Civil Veterinary Dept. Assam report 1927-50 - 1927-1950
Year: 1927
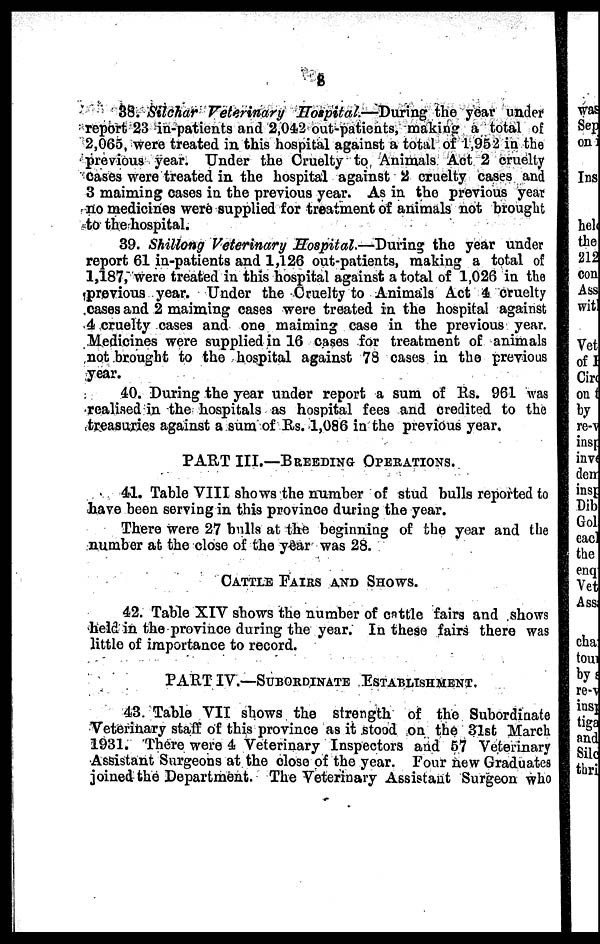
8
88. Silchar Veterinary Hotpital.—During the year under
report 23 in-patients and 2,042 out-patients, making a total of
2,065, were treated in this hospital against a total of 1,952 in the
previous year. Under the Cruelty to Animals Act 2 cruelty
cases were treated in the hospital against 2 cruelty cases and
3 maiming cases in the previous year. As in the previous year
no medicines were supplied for treatment of animals not brought
to the hospital.
39. Shillong Veterinary Hospital.—During the year under
report 61 in-patients and 1,126 out-patients, making a total of
1,187, were treated in this hospital against a total of 1,026 in the
previous year. Under the Cruelty to Animals Act 4 cruelty
cases and 2 maiming cases were treated in the hospital against
4 cruelty cases and one maiming case in the previous year.
Medicines were supplied in 16 cases for treatment of animals
not brought to the hospital against 78 cases in the previous
year.
40. During the year under report a sum of Rs. 961 was
realised in the hospitals as hospital fees and credited to the
treasuries against a sum of Rs. 1,086 in the previous year.
PART III.—BREEDING OPERATIONS.
41. Table VIII shows the number of stud bulls reported to
have been serving in this province during the year.
There were 27 bulls at the beginning of the year and the
number at the close of the year was 28.
CATTLE PAIRS AND SHOWS.
42. Table XIV shows the number of cattle fairs and shows
held in the province during the year. In these fairs there was
little of importance to record.
PART IV.—SUBORDINATE ESTABLISHMENT.
43. Table VII shows the strength of the Subordinate
Veterinary staff of this province as it stood on the 31st March
1931. There were 4 Veterinary Inspectors and 57 Veterinary
Assistant Surgeons at the close of the year. Four new Graduates
joined the Department. The Veterinary Assistant Surgeon who